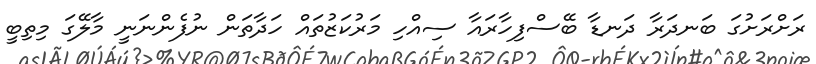
ރަށްރަށުގަ ބަނދަރާ ދަނޑާ ބޭސްފިހާރައާ ސިއްހި މަރުކަޒުތައް ހަދާތަން ނުފެންނަނީ މާލޭގަ މިތިބީ